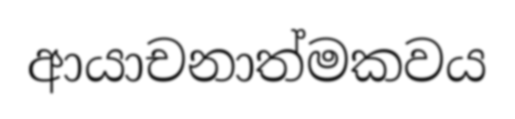
ආයාචනාත්මකවය